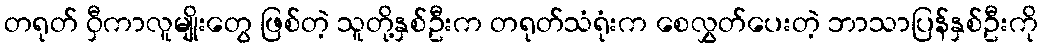
တရုတ် ဝှီကာလူမျိုးတွေ ဖြစ်တဲ့ သူတို့နှစ်ဦးက တရုတ်သံရုံးက စေလွှတ်ပေးတဲ့ ဘာသာပြန်နှစ်ဦးကို